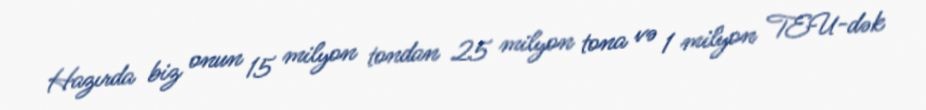
Hazırda biz onun 15 milyon tondan 25 milyon tona və 1 milyon TEU-dək